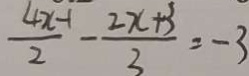
\frac { 4 x - 1 } { 2 } - \frac { 2 x + 3 } { 3 } = - 3